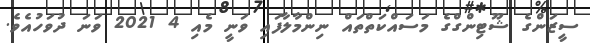
ސީޒަންގެ ޝޫޓިންގްގެ މަސައްކަތްތައް ނިންމާލާފައި ވަނީ މެއި 4 2021 ވަނަ ދުވަހުއެވެ.